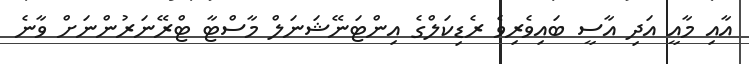
އާއި މާއީ އަދި އާސީ ބައިވެރިވެ ރެޑިކަލްގެ އިންޓަނޭޝަނަލް މާސްޓާ ޓްރޭނަރުންނަށް ވާނެ